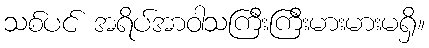
သစ်ပင် အရိပ်အာဝါသကြီးကြီးမားမားမရှိ။